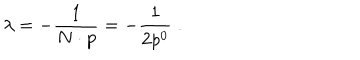
\lambda = - \frac { 1 } { N \cdot p } = - \frac { 1 } { 2 p ^ { 0 } } \; .